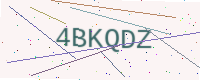
Text: 4BKQDZ